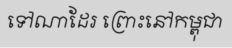
ទៅណាដែរ ព្រោះនៅកម្ពុជា